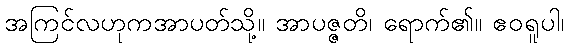
အကြင်လဟုကအာပတ်သို့။ အာပဇ္ဇတိ၊ ရောက်၏။ ဧဝရူပါ၊